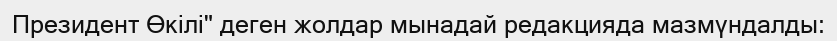
Президент Өкілі" деген жолдар мынадай редакцияда мазмүндалды: